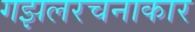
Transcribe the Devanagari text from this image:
गझलरचनाकार